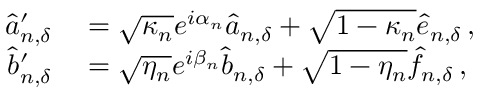
\begin{array} { r l } { \hat { a } _ { n , { \delta } } ^ { \prime } } & { { } = \sqrt { \kappa _ { n } } e ^ { i \alpha _ { n } } \hat { a } _ { n , { \delta } } + \sqrt { 1 - \kappa _ { n } } \hat { e } _ { n , { \delta } } \, , } \\ { \hat { b } _ { n , { \delta } } ^ { \prime } } & { { } = \sqrt { \eta _ { n } } e ^ { i \beta _ { n } } \hat { b } _ { n , { \delta } } + \sqrt { 1 - \eta _ { n } } \hat { f } _ { n , { \delta } } \, , } \end{array}